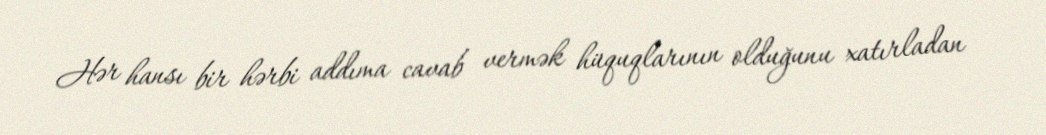
Hər hansı bir hərbi addıma cavab vermək hüquqlarının olduğunu xatırladan